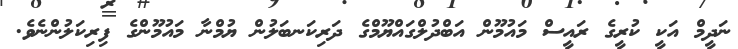
ނަދީމް އަކީ ކުރީގެ ރައީސް މައުމޫން އަބްދުލްގައްޔޫމްގެ ދަރިކަނބަލުން ޔުމްނާ މައުމޫންގެ ފިރިކަލުންނެވެ.